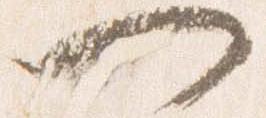
一